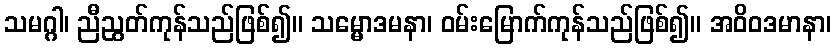
သမဂ္ဂါ၊ ညီညွတ်ကုန်သည်ဖြစ်၍။ သမ္မောဒမနာ၊ ဝမ်းမြောက်ကုန်သည်ဖြစ်၍။ အဝိဝဒမာနာ၊